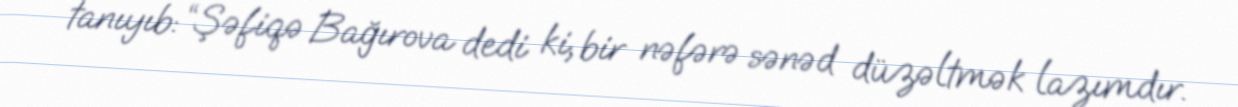
tanıyıb: “Şəfiqə Bağırova dedi ki, bir nəfərə sənəd düzəltmək lazımdır.